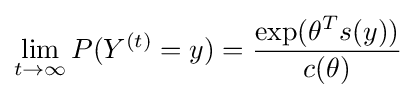
\lim _{t\to \infty }P(Y^{(t)}=y)={\frac {\exp(\theta ^{T}s(y))}{c(\theta )}}